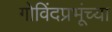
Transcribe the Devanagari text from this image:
गोविंदप्रभूंच्या